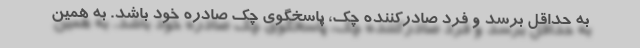
به حداقل برسد و فرد صادرکننده چک، پاسخگوی چک صادره خود باشد. به همین